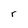
Character: r